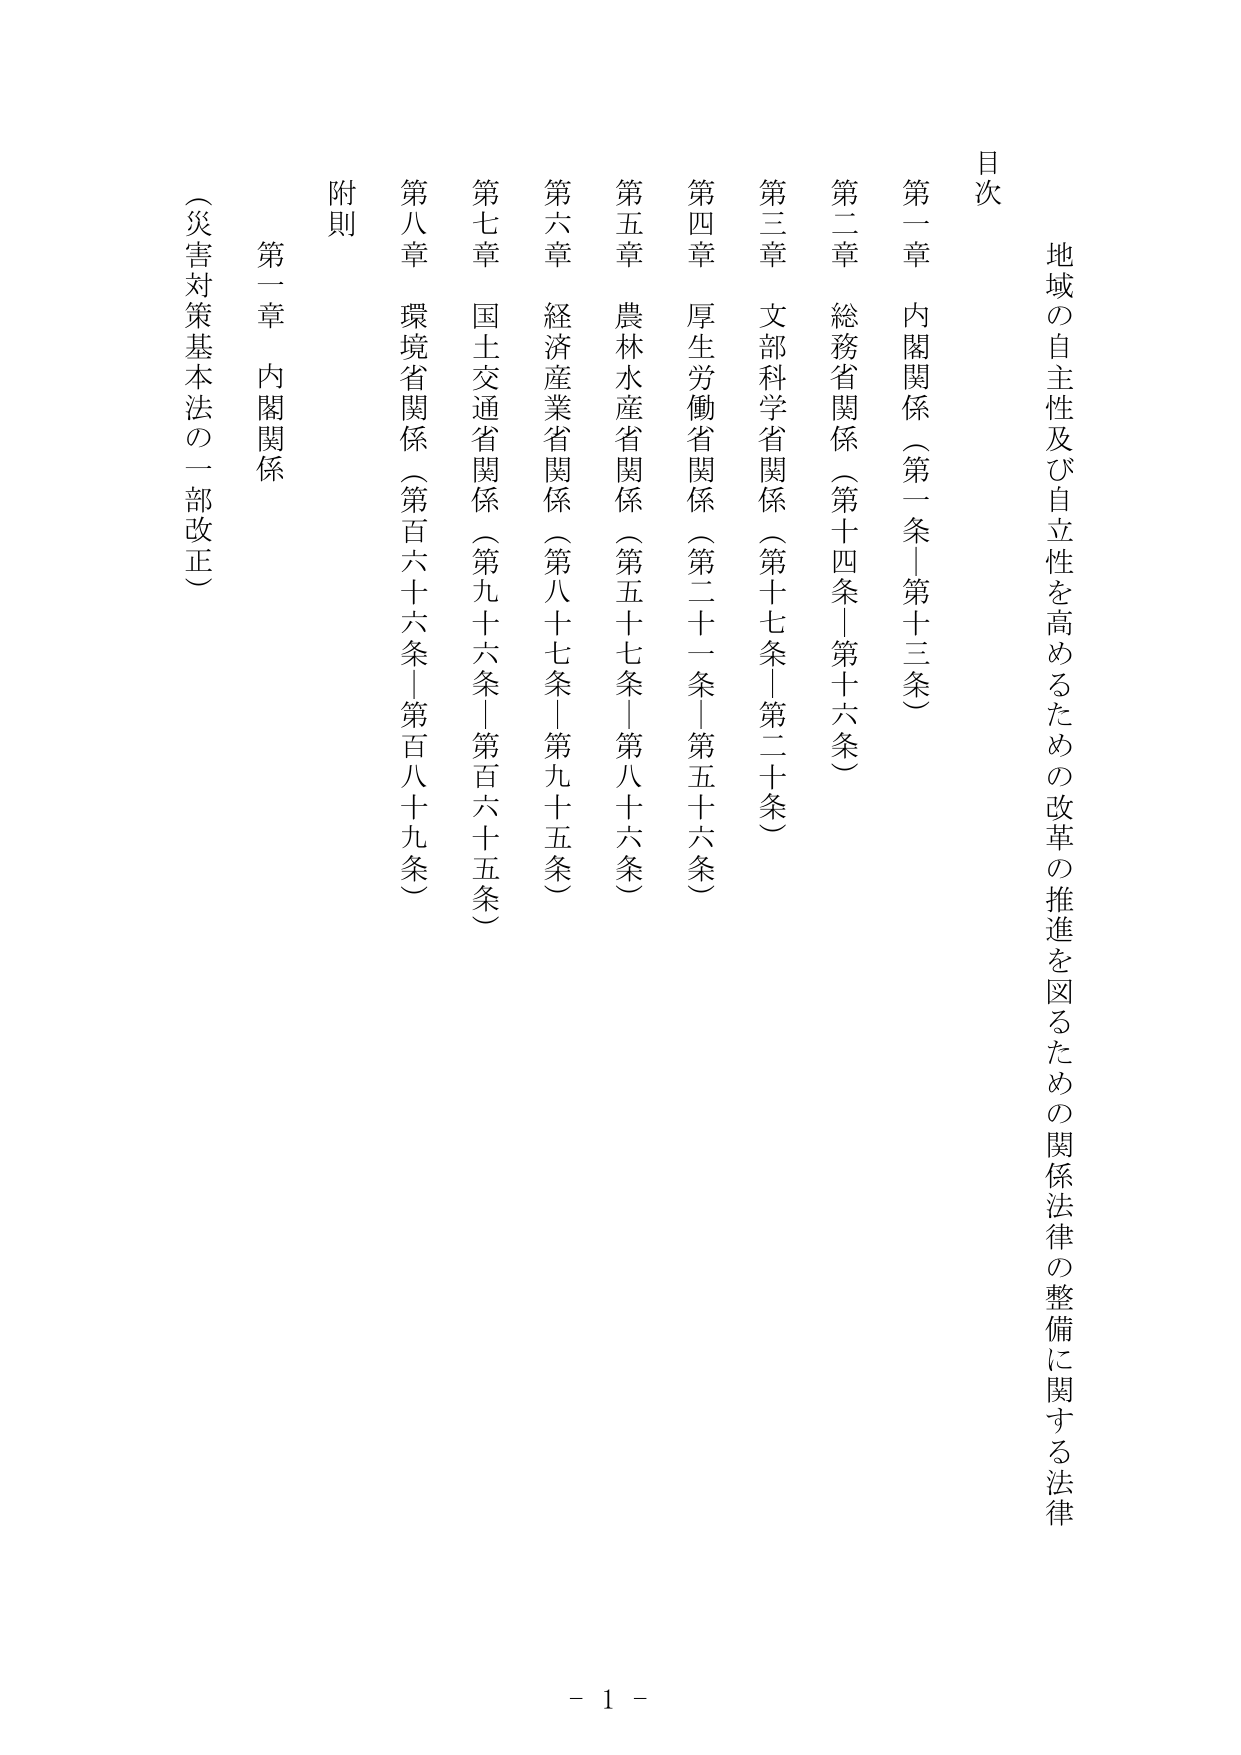
地域の自主性及び自立性を高めるための改革の推進を図るための関係法律の整備に関する法律

目次

第一章 内閣関係（第一条－第十三条）
第二章 総務省関係（第十四条－第十六条）
第三章 文部科学省関係（第十七条－第二十条）
第四章 厚生労働省関係（第二十一条－第五十六条）
第五章 農林水産省関係（第五十七条－第八十六条）
第六章 経済産業省関係（第八十七条－第九十五条）
第七章 国土交通省関係（第九十六条－第百六十五条）
第八章 環境省関係（第百六十六条－第百八十九条）

附則

第一章 内閣関係
（災害対策基本法の一部改正）

- 1 -